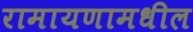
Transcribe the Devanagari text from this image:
रामायणामधील